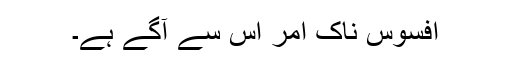
افسوس ناک امر اس سے آگے ہے۔